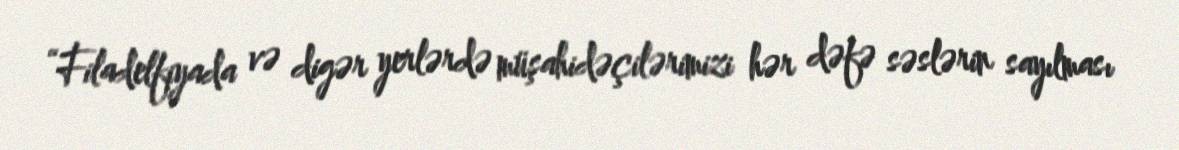
“Filadelfiyada və digər yerlərdə müşahidəçilərimizi hər dəfə səslərin sayılması